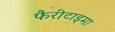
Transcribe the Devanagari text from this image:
फैरीटाइमा